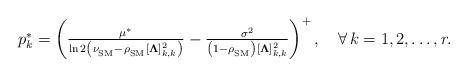
LaTeX: \begin{align*}\textstyle p_k^*=\left(\frac{\mu^*}{\ln2\left(\nu_{_{\rm SM}}-\rho_{_{\rm SM}}[\boldsymbol{\Lambda}]_{k,k}^2\right)} -\frac{\sigma^2}{\left(1-\rho_{_{\rm SM}}\right)[\boldsymbol{\Lambda}]_{k,k}^2}\right)^+,\quad\forall\,k=1,2,\ldots,r.\end{align*}